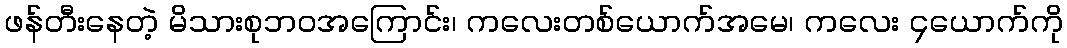
ဖန်တီးနေတဲ့ မိသားစုဘဝအကြောင်း၊ ကလေးတစ်ယောက်အမေ၊ ကလေး ၄ယောက်ကို